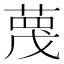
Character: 𫈼